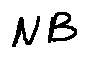
N B